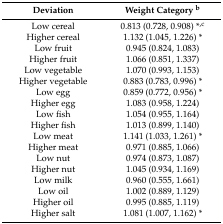
<table><thead><tr><td><b>Deviation</b></td><td><b>Weight Category <sup>b</sup></b></td></tr></thead><tbody><tr><td>Low cereal</td><td>0.813 (0.728, 0.908) *<sup>,c</sup></td></tr><tr><td>Higher cereal</td><td>1.132 (1.045, 1.226) *</td></tr><tr><td>Low fruit</td><td>0.945 (0.824, 1.083)</td></tr><tr><td>Higher fruit</td><td>1.066 (0.851, 1.337)</td></tr><tr><td>Low vegetable</td><td>1.070 (0.993, 1.153)</td></tr><tr><td>Higher vegetable</td><td>0.883 (0.783, 0.996) *</td></tr><tr><td>Low egg</td><td>0.859 (0.772, 0.956) *</td></tr><tr><td>Higher egg</td><td>1.083 (0.958, 1.224)</td></tr><tr><td>Low fish</td><td>1.054 (0.955, 1.164)</td></tr><tr><td>Higher fish</td><td>1.013 (0.899, 1.140)</td></tr><tr><td>Low meat</td><td>1.141 (1.033, 1.261) *</td></tr><tr><td>Higher meat</td><td>0.971 (0.885, 1.066)</td></tr><tr><td>Low nut</td><td>0.974 (0.873, 1.087)</td></tr><tr><td>Higher nut</td><td>1.045 (0.934, 1.169)</td></tr><tr><td>Low milk</td><td>0.960 (0.555, 1.661)</td></tr><tr><td>Low oil</td><td>1.002 (0.889, 1.129)</td></tr><tr><td>Higher oil</td><td>0.995 (0.885, 1.119)</td></tr><tr><td>Higher salt</td><td>1.081 (1.007, 1.162) *</td></tr></tbody></table>